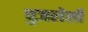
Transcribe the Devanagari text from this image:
पुजलेली